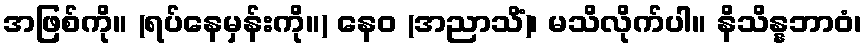
အဖြစ်ကို။ (ရပ်နေမှန်းကို။) နေဝ (အညာသိံ)၊ မသိလိုက်ပါ။ နိသိန္နဘာဝံ၊